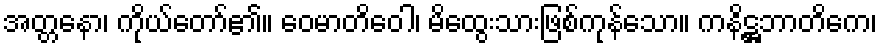
အတ္တနော၊ ကိုယ်တော်၏။ ဝေမာတိဝေါ၊ မိထွေးသားဖြစ်ကုန်သော။ ကနိဋ္ဌဘာတိကေ၊